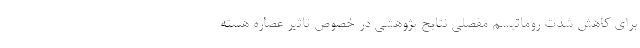
برای کاهش شدت روماتیسم مفصلی نتایج پژوهشی در خصوص تاثیر عصاره هسته